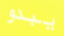
يبدو